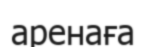
аренаға